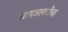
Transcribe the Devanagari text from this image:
आयआयटीचा